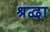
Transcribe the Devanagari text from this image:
श्रद्वा